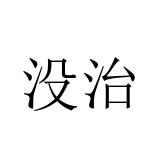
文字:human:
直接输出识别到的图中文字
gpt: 没治